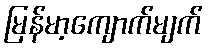
မြန်မာ့ကျောက်မျက်